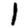
Digit: 1